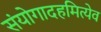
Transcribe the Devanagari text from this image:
संयोगादहमित्येव